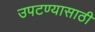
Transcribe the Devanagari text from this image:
उपटण्यासाठी